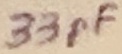
Text: 33pF